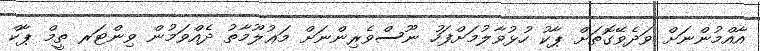
އާއްމުންނަށް ވަދެވޭގޮތަށް ޕާކު ހުޅުވާލުމަށްފަހު ނޫސްވެރިންނަށް މަޢުލޫމާތު ދެއްވަމުން ވިންޓަރ ތީމް ޕާކް